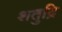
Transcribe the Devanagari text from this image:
शतुद्रि